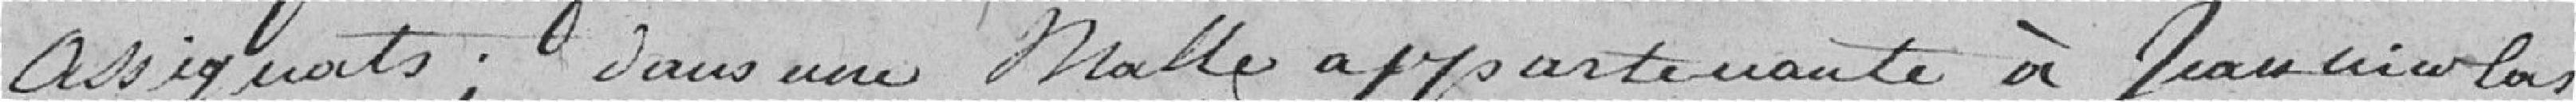
assignats; dans une malle appartenant à Jean Nicolas